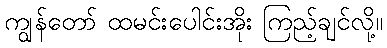
ကျွန်တော် ထမင်းပေါင်းအိုး ကြည့်ချင်လို့။